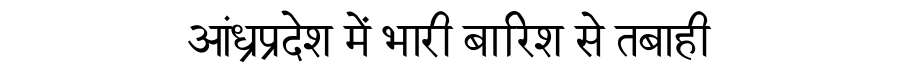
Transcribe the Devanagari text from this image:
आंध्रप्रदेश में भारी बारिश से तबाही